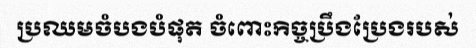
ប្រឈមចំបងបំផុត ចំពោះកិច្ចប្រឹងប្រែងរបស់